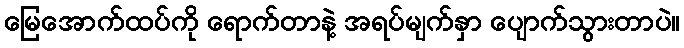
မြေအောက်ထပ်ကို ရောက်တာနဲ့ အရပ်မျက်နှာ ပျောက်သွားတာပဲ။